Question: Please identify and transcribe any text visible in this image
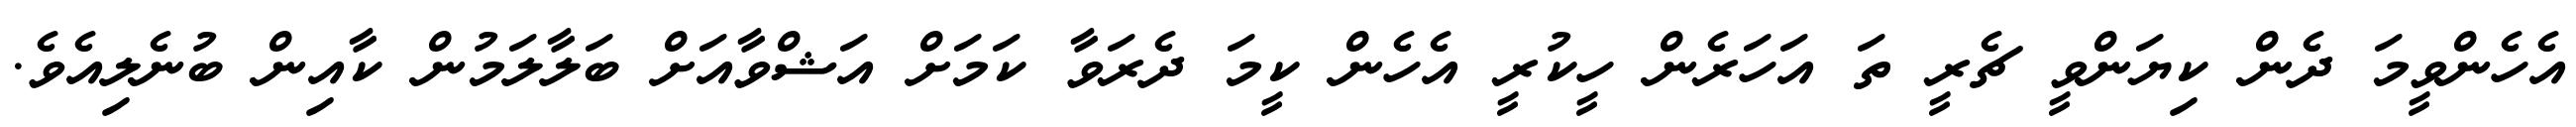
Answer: އެހެންވީމަ ދެން ކިޔަންވީ ޗެރީ ތަ އަހަރެން ހީކުރީ އެހެން ކީމަ ދެރަވާ ކަމަށް އަޝްވާއަށް ބަލާލަމުން ކާއިން ބުނެލިއެވެ.